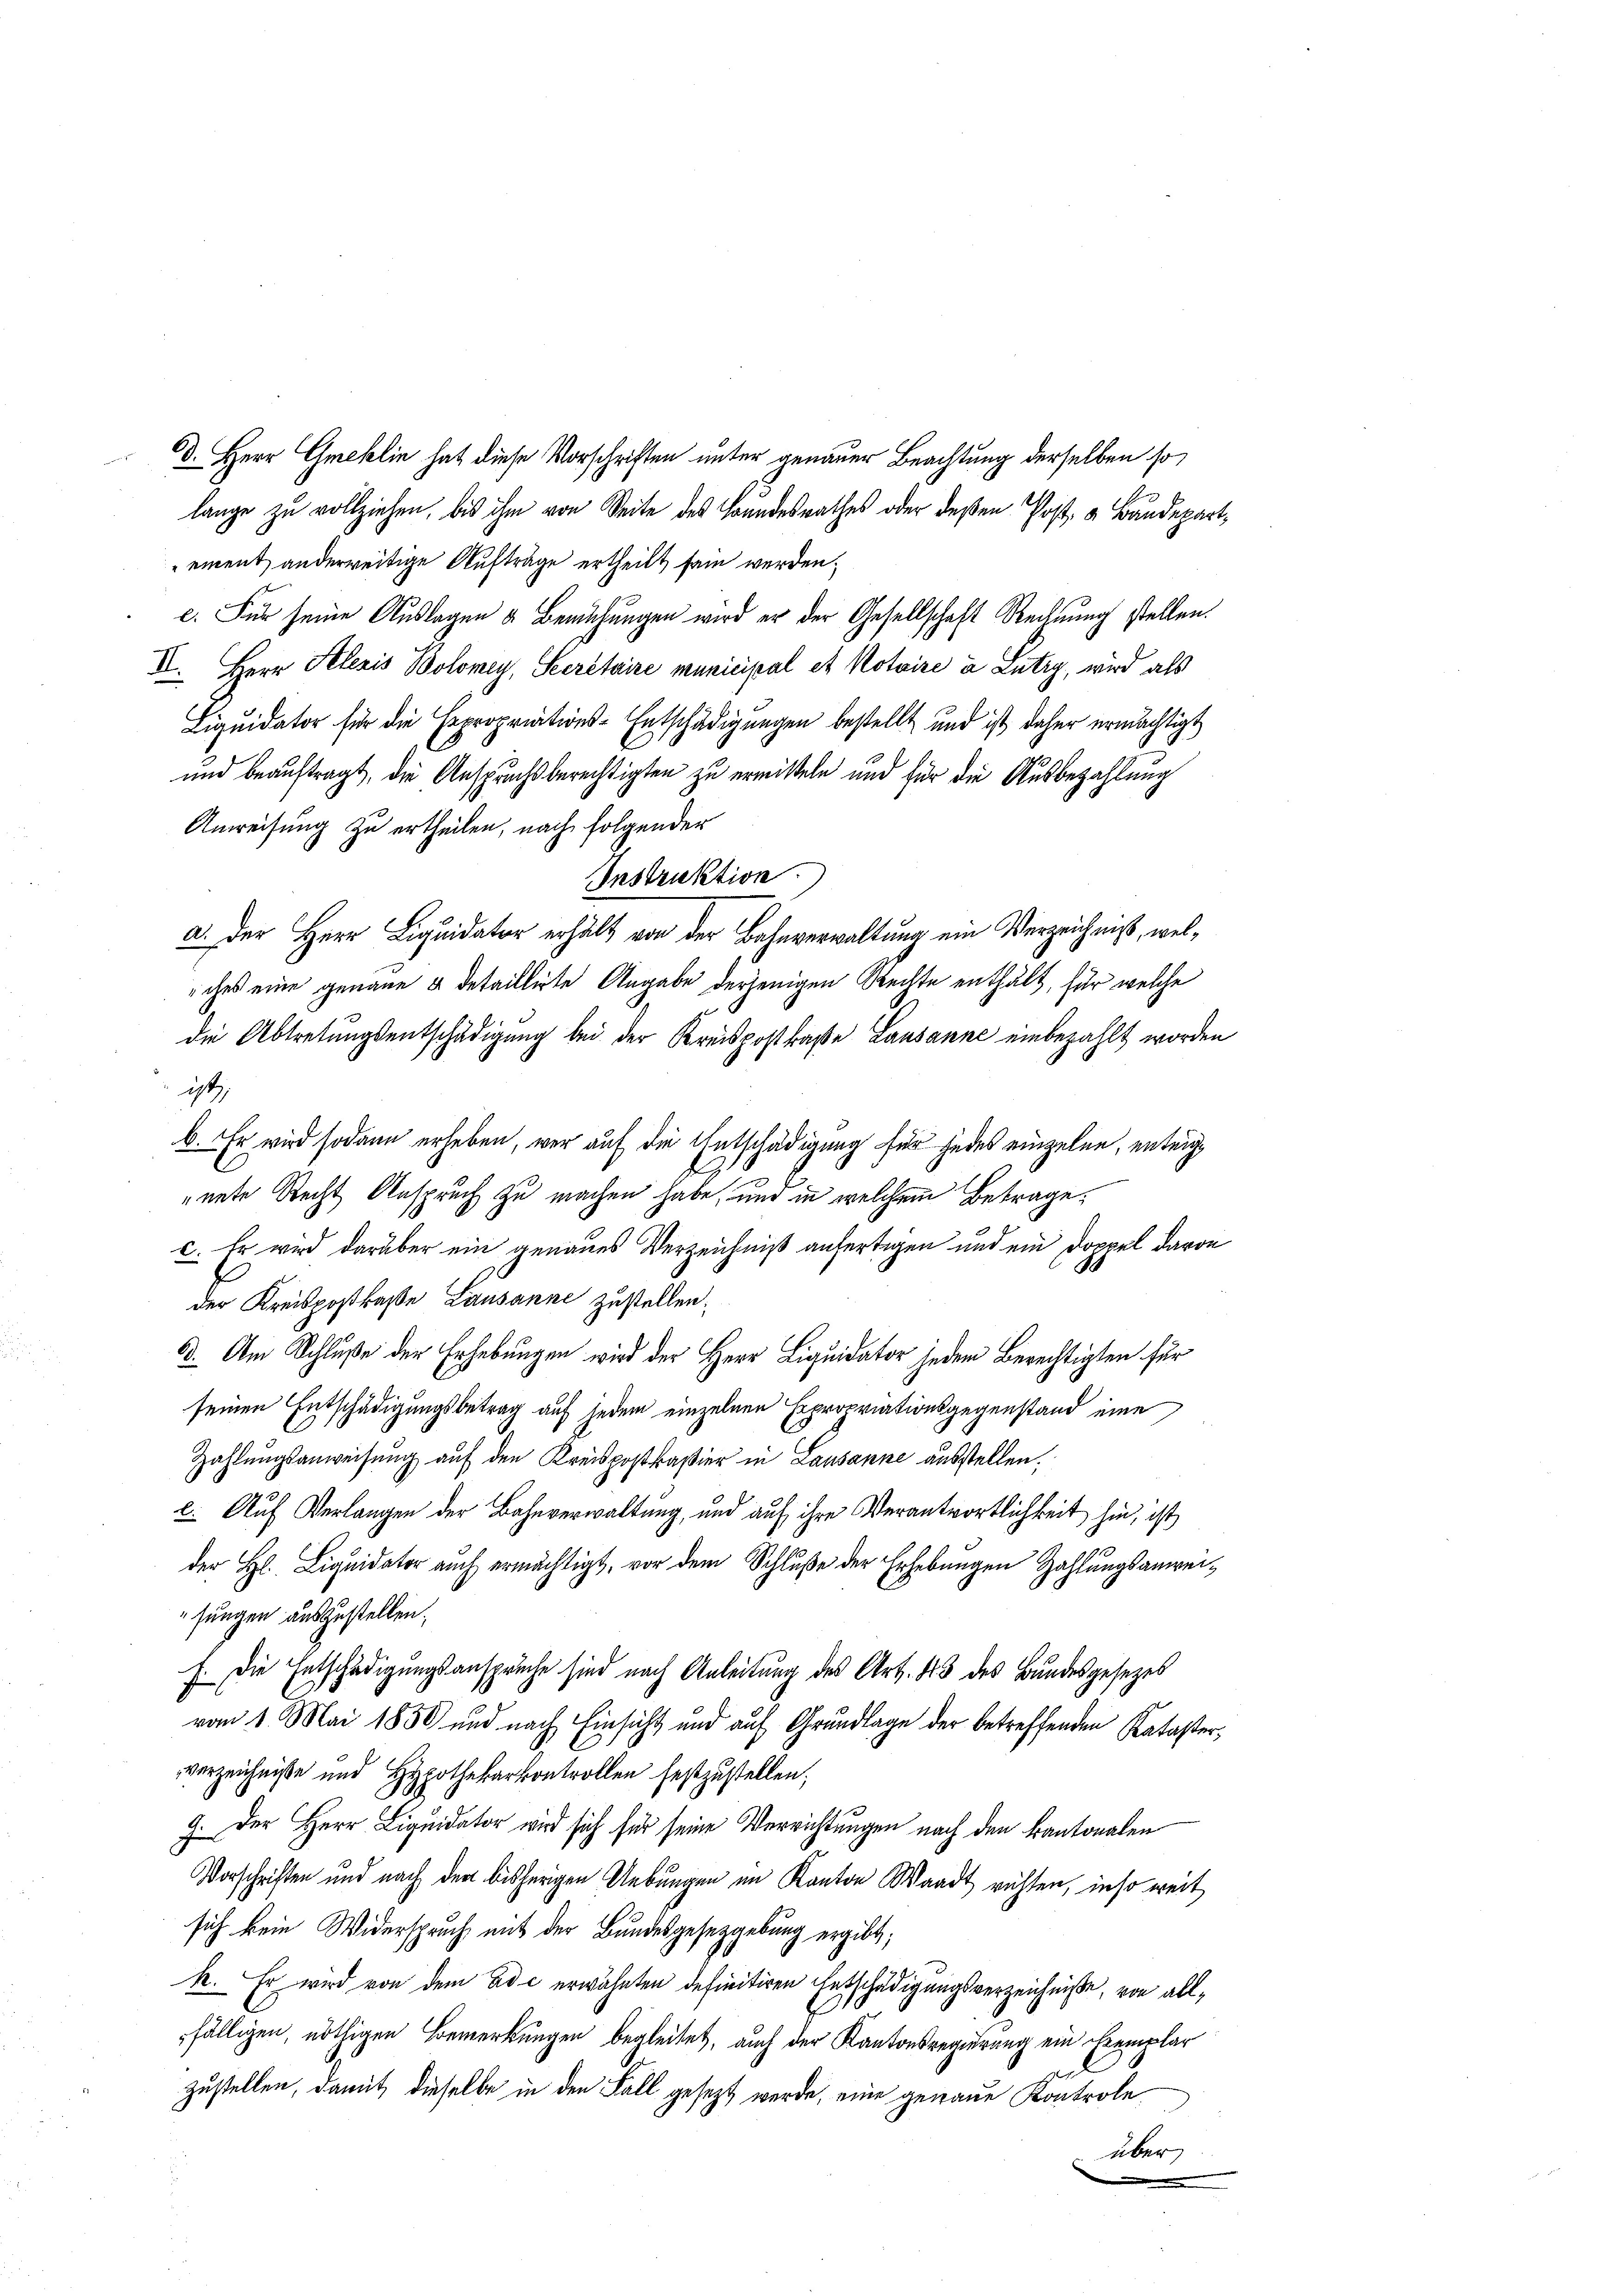
d. Herr Gmeklin hat diese Vorschriften unter genauer Beachtung derselben so
lange zu vollziehen, bis ihm von Seite des Brandesrathes oder deßen Post, u Baudepartement anderweitige Auftrage ertheilt sein werden.
c. Für seine Auslagen u. Bemühungen wird er der Gesellschaft Rechnung stellen.
II. Herr Helezis Bolomey, Secretaire municipal et Notaire à Lutry, wird als
Liquidator für die Expropriations-Entschädigungen bestellt und ist daher ermächtigt
und beauftragt, die Anspruchsberechtigten zu ermitteln und für die Ausbezahlung
Anweisung zu ertheilen, nach folgender
Instruktion.
a. Der Herr Liquidator erhält von der Bahnverwaltung ein Verzeichniß, welches eine genaue & detailligte Angabe derjenigen Rechte enthält, für welche
die Abtretungsentschädigung bei der Kreispostraße Lausanne einbezahlt worden
ist
b. Er wird sodann erheben, wer auf die Entschädigung für jedes einzelne, enteignete Recht Anspruch zu machen habe, und in welchem Betrage,
c. Er wird darüber ein genaues Verzeichniß anfertigen und ein Doppel davon
der Kreispostraße Lausanne zustellen.
6. Am Schluße der Erhebungen wird der Herr Liquidator jedem Berechtigten für
seinen Entschädigungsbetrag auf jedem einzelnen Expropriationsgegenstand eine
Zahlungsanweisung auf den Kreispostkaßier in Lausanne ausstellen.
c. Auf Verlangen der Bahnverwaltung, und auf ihre Verantwortlichkeit hin, ist
der H. Liquidator auch ermächtigt, vor dem Schluße der Erhebungen Zahlungsanweisungen auszustellen.
J. Die Entschädigungsansprüche sind nach Anleitung des Art. 83 des Bundesgesetzes
vom 1. Mai 1850 und nach Einsicht und auf Grundlage der betreffenden Kataster,
verzeichniße und Hypothekarkontrollen festzustellen;
9. Der Herr Liquidator wird sich für seine Verrichtungen nach den Kantonalen
Vorschriften und nach der bisherigen Uebungen im Kanton Waadt richten, insoweit
sich kein Widerspruch mit der Bundesgesetzgebung ergibt,
k. Er wird von dem ade erwähnten definitiren Entschädigungsverzeichniße, von all¬
.
fälligen, nöthigen Bemerkungen begleitet, auch der Kantonsregierung ein Exemplar
zustellen, damit dieselbe in den Fall gesezt werde, eine genaue Kontrole
über